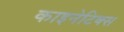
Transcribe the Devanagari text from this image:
काइनेटिक्स